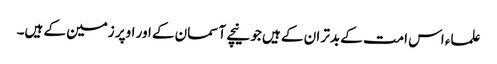
علماء اس امت کے بدتر ان کے ہیں جو نیچے آسمان کے اور اوپر زمین کے ہیں۔